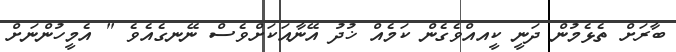
ބާރަށް ތެޅެމުން ދަނީ ކީއއްވެގެން ކަމެއް ޚުދު އޭނާއަކަށްވެސް ނޭނގެއެވެ " އެމީހުންނަށް